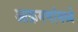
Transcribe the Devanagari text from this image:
आक्रमणांमध्ये